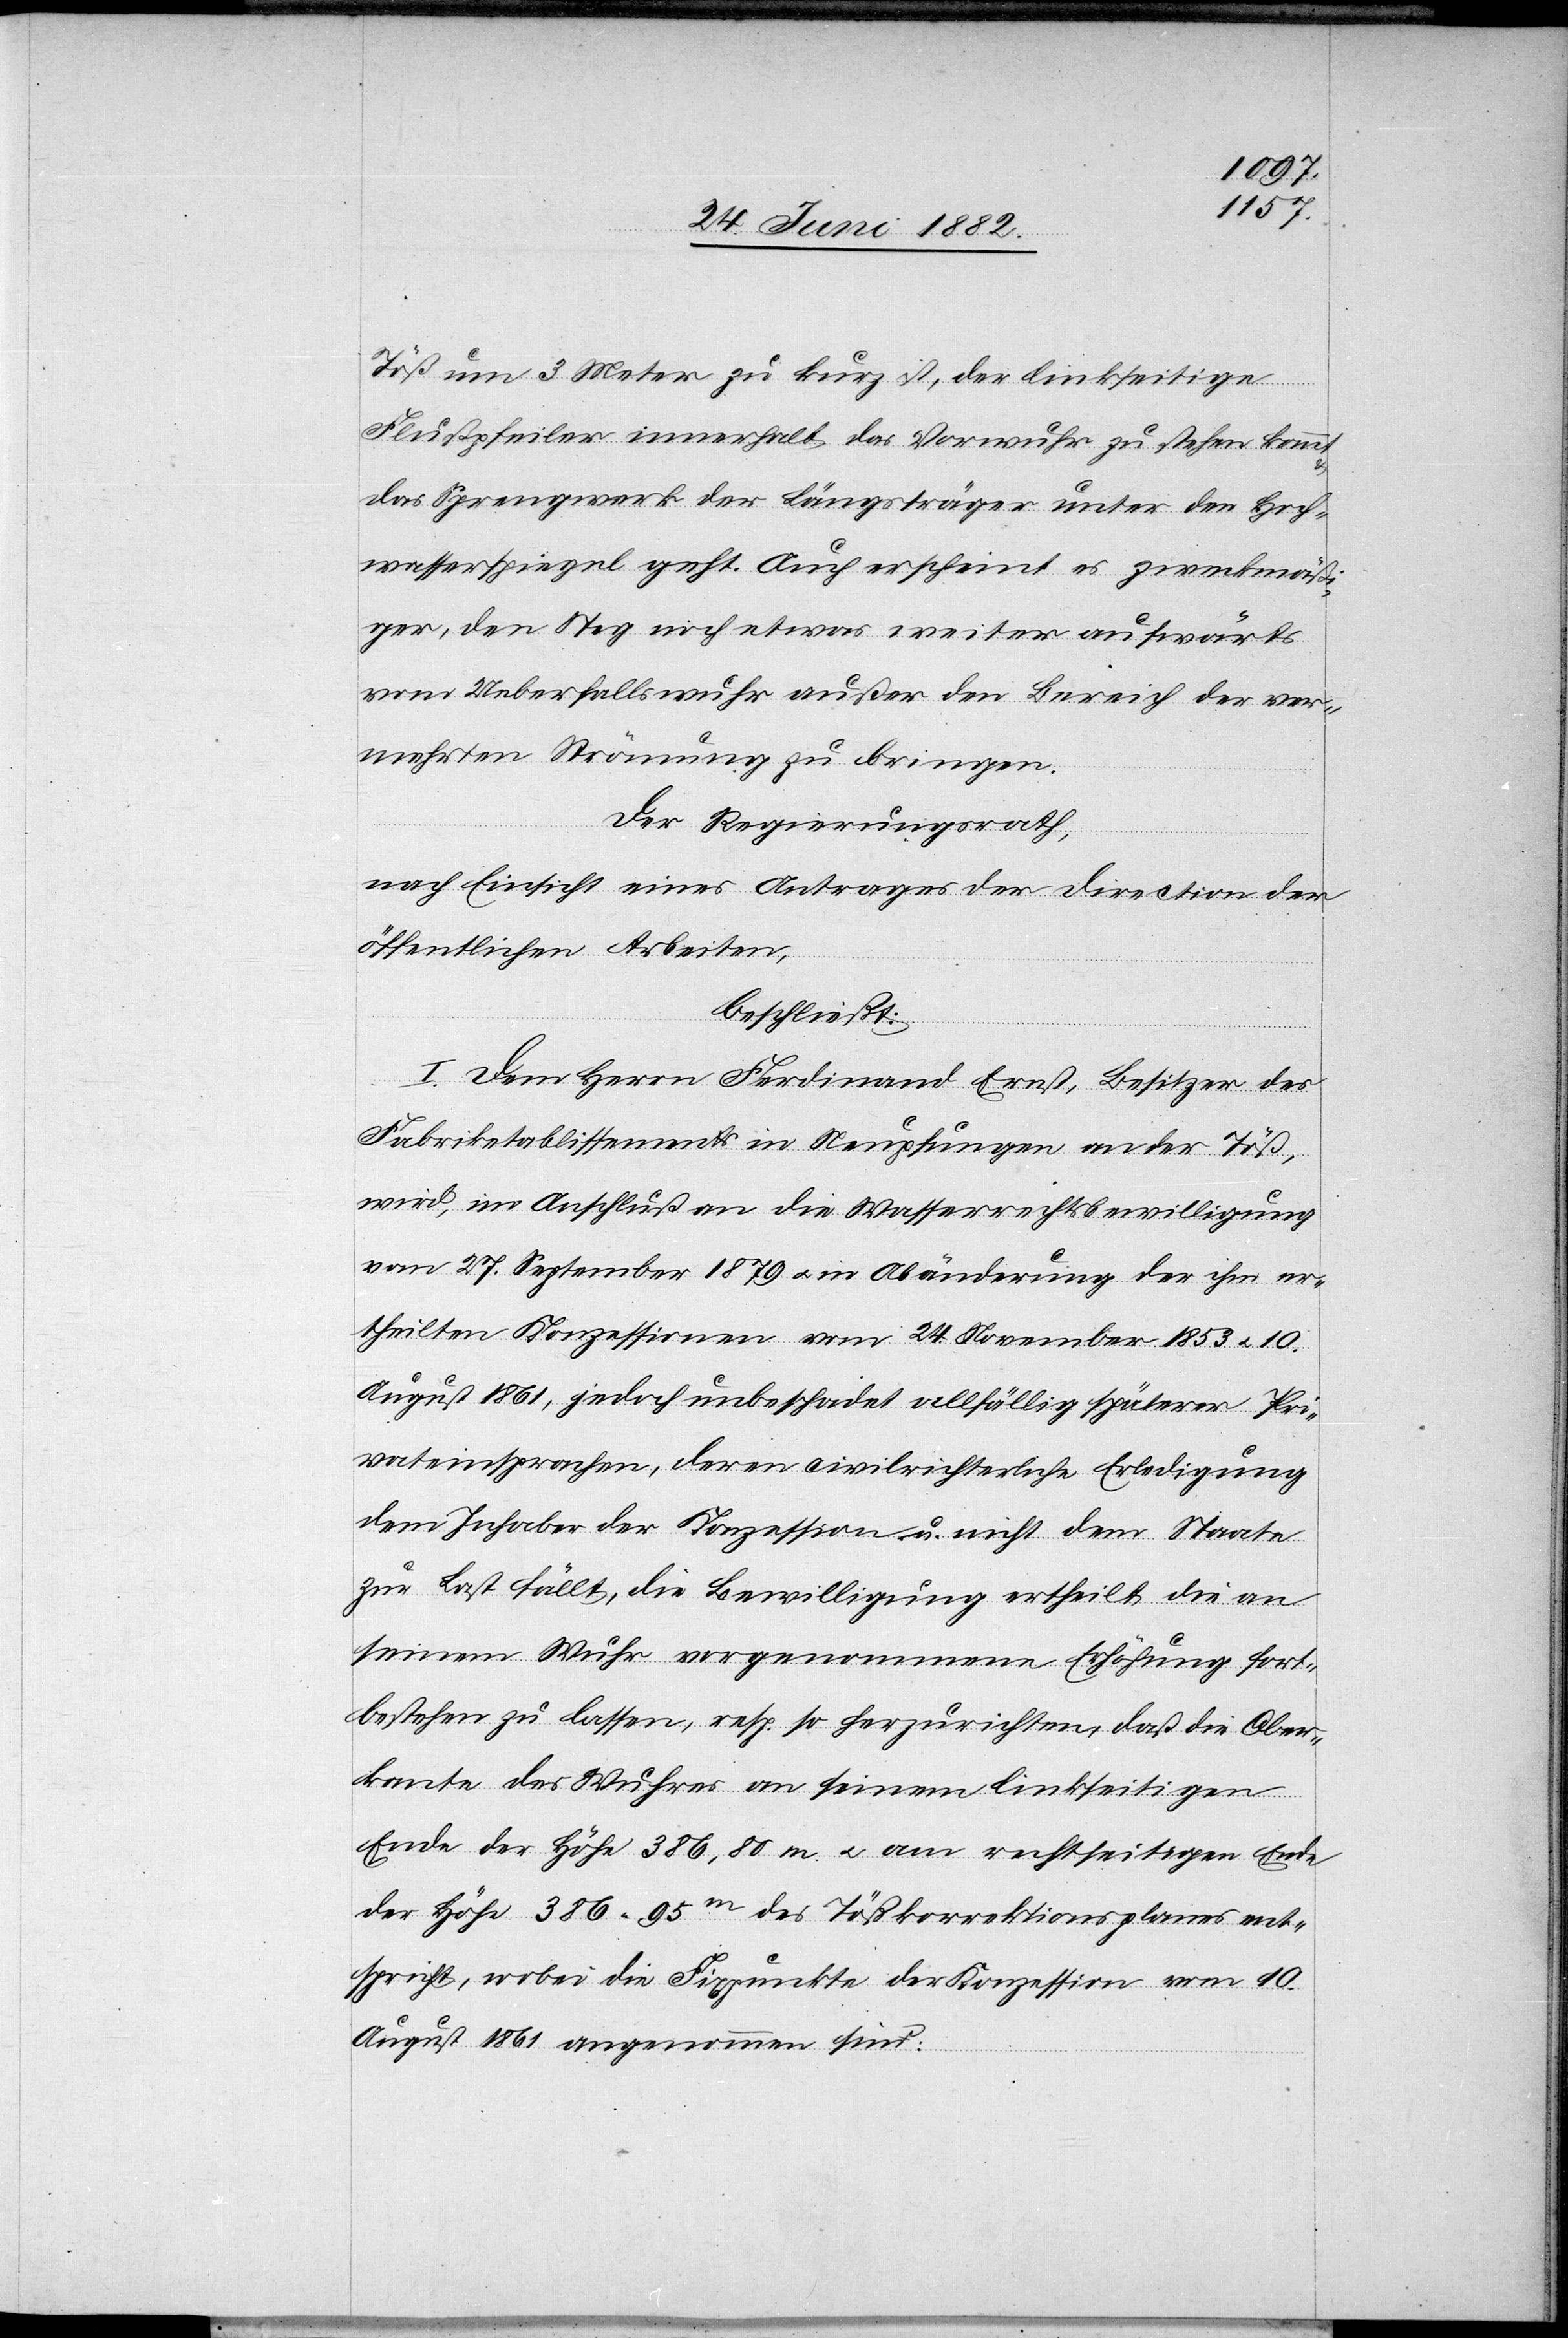
Töß um 3 Meter zu kurz ist, der linkseitige
Flußpfeiler innerhalb das Vorwuhr zu stehen kommt
das Sprengwerk der Längsträger unter den Hoch¬
wasserspiegel geht. Auch erscheint es zweckmäßi¬
ger, den Steg noch etwas weiter aufwärts
vom Ueberfallswuhr außer den Bereich der ver¬
wuhrten Strömung zu bringen.
Der Regierungsrath,
nach Einsicht eines Antrages der Direction der
öffentlichen Arbeiten,
beschließt:
I. Dem Herrn Ferdinand Ernst, Besitzer des
Fabriketablissements in Neupfungen an der Töß,
wird, im Anschluß an die Wasserrechtsbewilligung
vom 27. September 1879 u. in Abänderung der ihm er¬
theilten Konzession vom 24. November 1853 u. 10.
August 1861, jedoch unbeschadet allfällig späterer Pri¬
vateinsprachen, deren civilrichterliche Erledigung
dem Inhaber der Konzession u. nicht dem Staate
zur Last fällt, die Bewilligung ertheilt die an
seinem Wuhr vorgenommene Erhöhung fort¬
bestehen zu lassen, resp. so herzurichten, daß die Ober¬
kante des Wuhres an seinem linkseitigen
Ende der Höhe 386,80 m u. am rechtseitigen Ende
der Höhe 386,95m des Tößkorrektionsplanes ent¬
spricht, wobei die Fixpunkte der Konzession vom 10.
August 1861 angenommen sind: